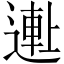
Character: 𬨺